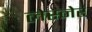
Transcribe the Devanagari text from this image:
लेस्नेर